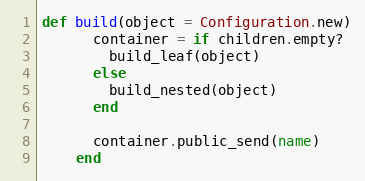
Language: Ruby
def build(object = Configuration.new)
      container = if children.empty?
        build_leaf(object)
      else
        build_nested(object)
      end

      container.public_send(name)
    end